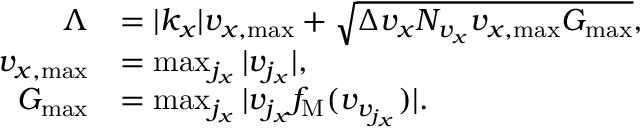
\begin{array} { r l } { \Lambda } & { = | k _ { x } | v _ { x , \operatorname* { m a x } } + \sqrt { \Delta v _ { x } N _ { v _ { x } } v _ { x , \operatorname* { m a x } } G _ { \operatorname* { m a x } } } , } \\ { v _ { x , \operatorname* { m a x } } } & { = \operatorname* { m a x } _ { j _ { x } } | v _ { j _ { x } } | , } \\ { G _ { \operatorname* { m a x } } } & { = \operatorname* { m a x } _ { j _ { x } } | v _ { j _ { x } } f _ { \mathrm { M } } ( v _ { v _ { j _ { x } } } ) | . } \end{array}